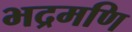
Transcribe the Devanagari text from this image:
भद्रमणि